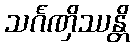
သင်္ဂဏှိဿန္တိ